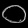
Digit: ၀